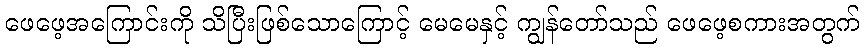
ဖေဖေ့အကြောင်းကို သိပြီးဖြစ်သောကြောင့် မေမေနှင့် ကျွန်တော်သည် ဖေဖေ့စကားအတွက်